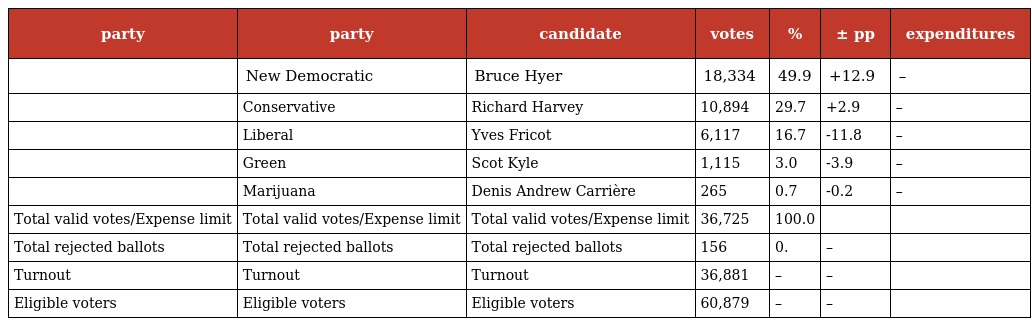
| party | party | candidate | votes | % | ± pp | expenditures |
 | --- | --- | --- | --- | --- | --- | --- |
 |  | New Democratic | Bruce Hyer | 18,334 | 49.9 | +12.9 | – |
 |  | Conservative | Richard Harvey | 10,894 | 29.7 | +2.9 | – |
 |  | Liberal | Yves Fricot | 6,117 | 16.7 | -11.8 | – |
 |  | Green | Scot Kyle | 1,115 | 3.0 | -3.9 | – |
 |  | Marijuana | Denis Andrew Carrière | 265 | 0.7 | -0.2 | – |
 | Total valid votes/Expense limit | Total valid votes/Expense limit | Total valid votes/Expense limit | 36,725 | 100.0 |  |  |
 | Total rejected ballots | Total rejected ballots | Total rejected ballots | 156 | 0. | – |  |
 | Turnout | Turnout | Turnout | 36,881 | – | – |  |
 | Eligible voters | Eligible voters | Eligible voters | 60,879 | – | – |  |